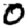
Digit: 0